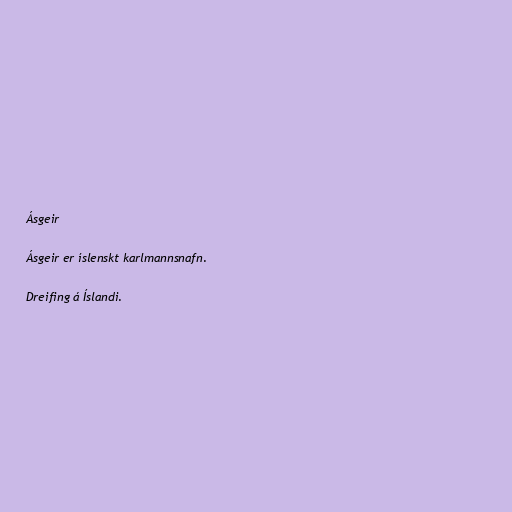
Ásgeir

Ásgeir er íslenskt karlmannsnafn.

Dreifing á Íslandi.